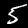
Label: 5